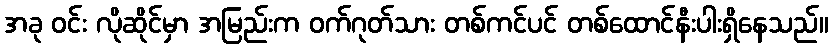
အခု ဝင်း လိုဆိုင်မှာ အမြည်းက ဝက်ဂုတ်သား တစ်ကင်ပင် တစ်ထောင်နီးပါးရှိနေသည်။